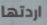
اردتها